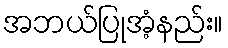
အဘယ်ပြုအံ့နည်း။